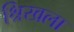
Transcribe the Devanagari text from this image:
श्रिखला